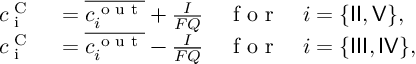
\begin{array} { r l } { c _ { \textrm { i } } ^ { \textrm { C } } } & { { } = \overline { { c _ { i } ^ { \textrm { o u t } } } } + \frac { I } { F Q } \quad \textrm { f o r } \quad i = \{ { \sf I I } , { \sf V } \} , } \\ { c _ { \textrm { i } } ^ { \textrm { C } } } & { { } = \overline { { c _ { i } ^ { \textrm { o u t } } } } - \frac { I } { F Q } \quad \textrm { f o r } \quad i = \{ { \sf I I I } , { \sf I V } \} , } \end{array}